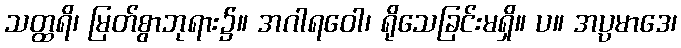
သတ္ထရိ၊ မြတ်စွာဘုရား၌။ အဂါရဝေါ၊ ရိုသေခြင်းမရှိ။ ပ။ အပ္ပမာဒေ၊